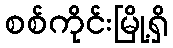
စစ်ကိုင်းမြို့ရှိ